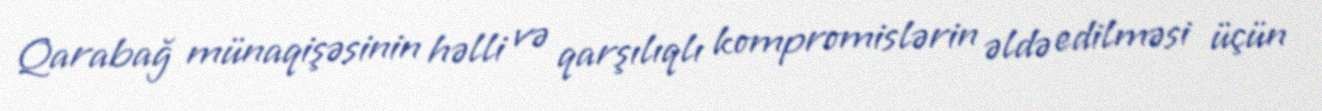
Qarabağ münaqişəsinin həlli və qarşılıqlı kompromislərin əldə edilməsi üçün